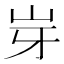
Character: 𡵥